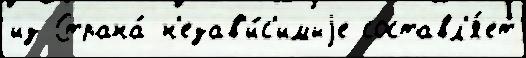
из Страна́ н'езав'и́с'имыjе составл'я́ет